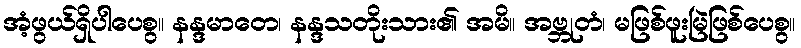
အံ့ဖွယ်ရှိပါပေစွ။ နန္ဒမာတေ၊ နန္ဒသတိုးသား၏ အမိ။ အဗ္ဘုတံ၊ မဖြစ်ဖူးမြဲဖြစ်ပေစွ။